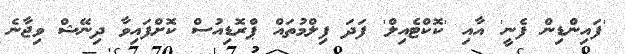
'ފައިންޑިން ފެނީ' އާއި 'ކޮކްޓެއިލް' ފަދަ ފިލްމުތައް ޕްރޮޑިއުސް ކޮށްފައިވާ ދިނޭޝް ވިޖާނެ